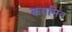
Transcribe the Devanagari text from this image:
कथमिव